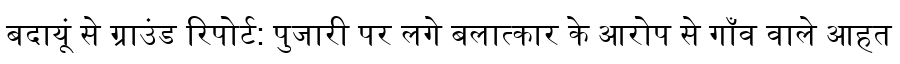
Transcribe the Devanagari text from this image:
बदायूं से ग्राउंड रिपोर्ट: पुजारी पर लगे बलात्कार के आरोप से गाँव वाले आहत